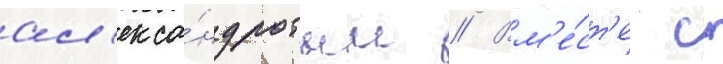
ал'екса́ндровым // Вм'е́ст'е с